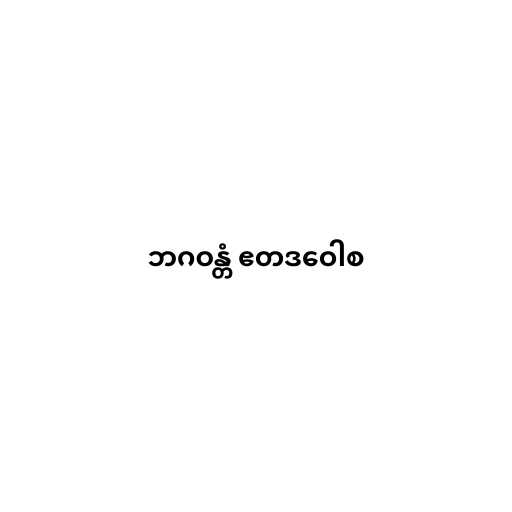
ဘဂဝန္တံ ဧတဒဝေါစ